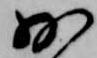
少